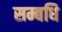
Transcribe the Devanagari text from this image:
सम्बधि